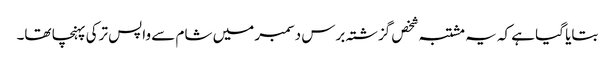
بتایا گیا ہے کہ یہ مشتبہ شخص گزشتہ برس دسمبر میں شام سے واپس ترکی پہنچا تھا۔